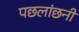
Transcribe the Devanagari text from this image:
पछलांछनी